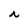
Character: r